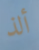
ألذ